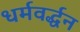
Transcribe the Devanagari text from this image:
धर्मवर्द्धन